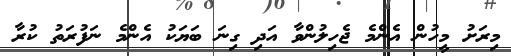
މިރަށު މީހުން އެންމެ ޖެހިލުންވާ އަދި ގިނަ ބަޔަކު އެންމެ ނަފުރަތު ކުރާ